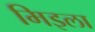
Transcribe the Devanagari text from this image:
मिइला